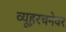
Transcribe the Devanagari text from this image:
व्यूहरचनेवर